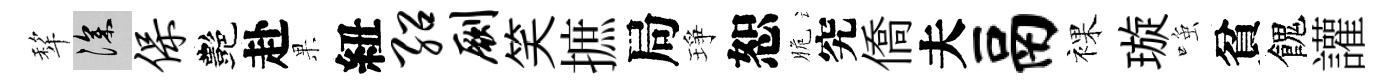
犂深保艷赴果紐绍劂笑摭局琤恕脆究僑夫鬲裸璇𫪻貧餽讙